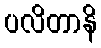
ပလိတာနိ